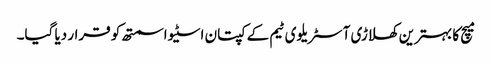
میچ کا بہترین کھلاڑی آسٹریلوی ٹیم کے کپتان اسٹیو اسمتھ کو قرار دیا گیا۔